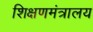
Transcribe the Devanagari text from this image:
शिक्षणमंत्रालय